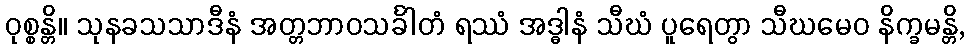
ဝုစ္စန္တိ။ သုနခသသာဒီနံ အတ္တဘာဝသင်္ခါတံ ရဿံ အဒ္ဓါနံ သီဃံ ပူရေတွာ သီဃမေဝ နိက္ခမန္တိ,